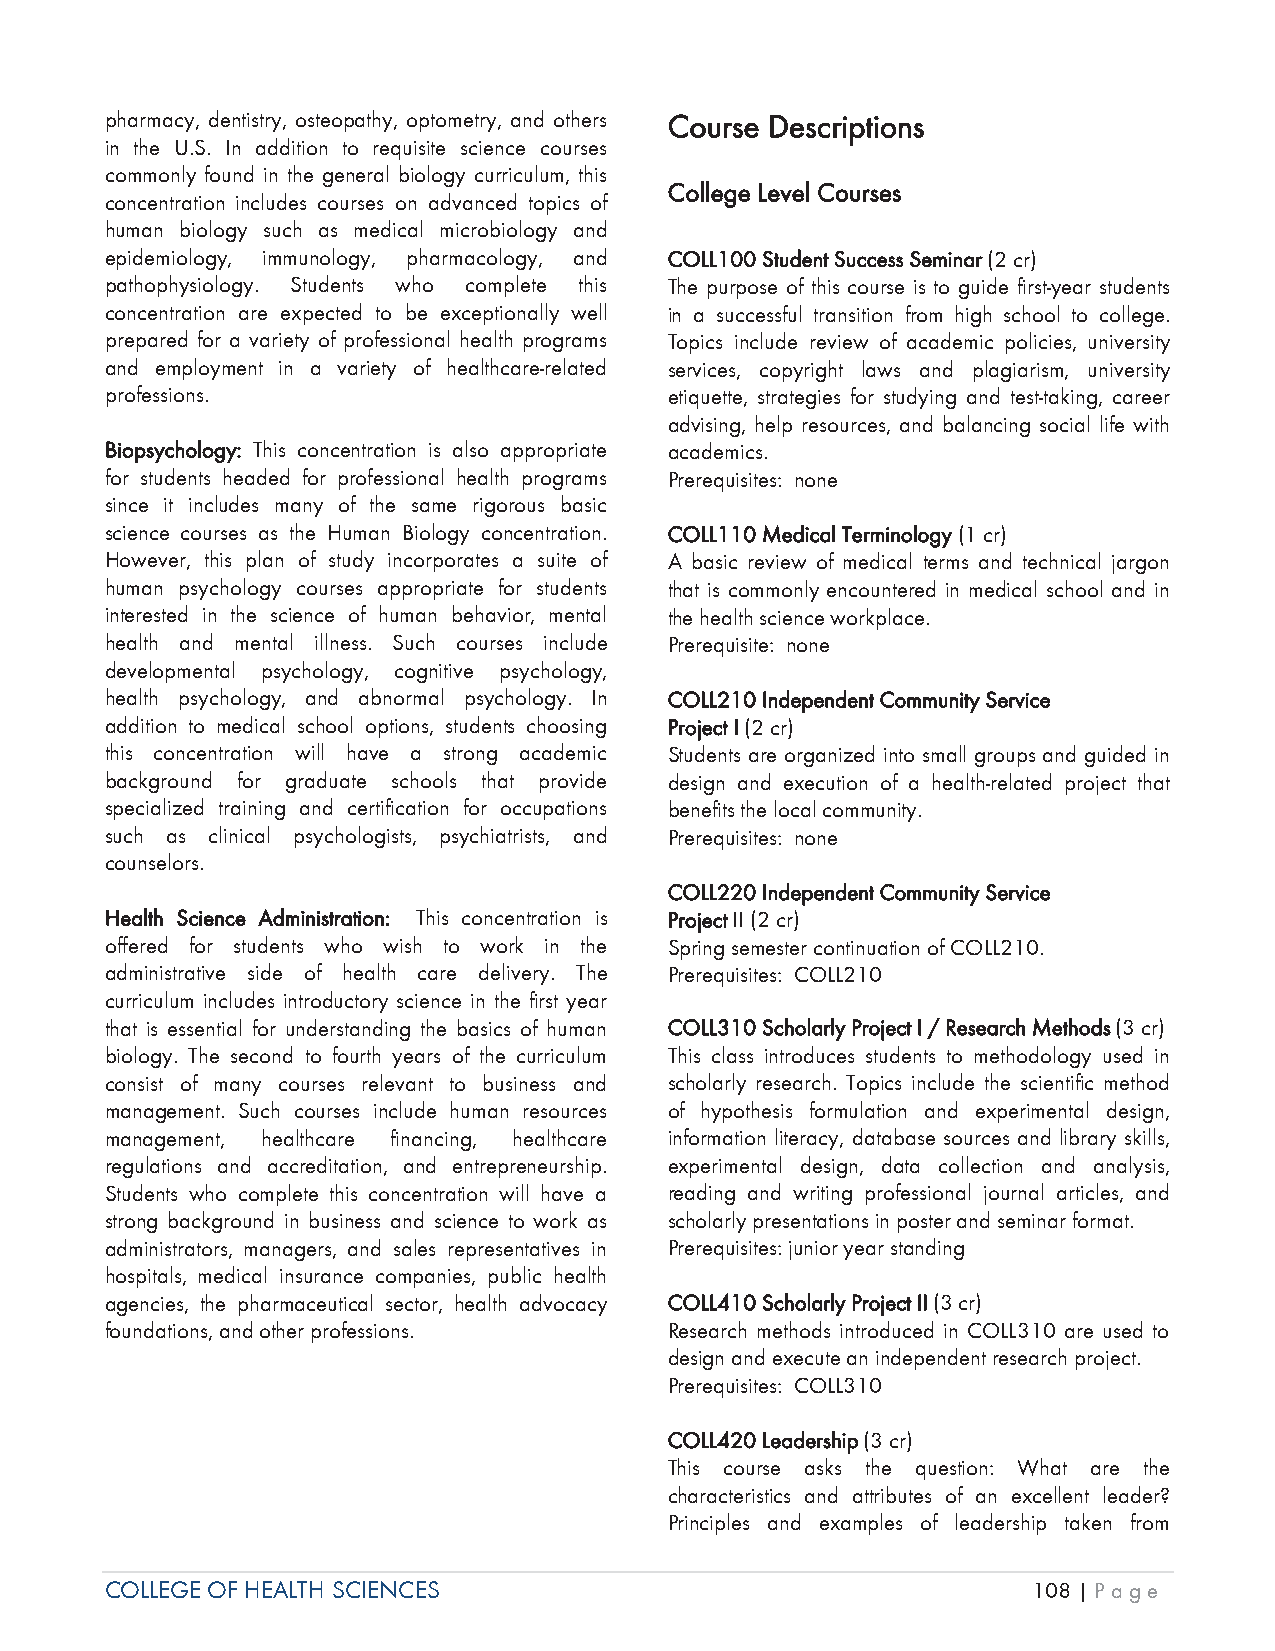
pharmacy, dentistry, osteopathy, optometry, and others Course Descriptions
 in the U.S. In addition to requisite science courses
 commonly found in the general biology curriculum, this
 College Level Courses
 concentration includes courses on advanced topics of
 human biology such as medical microbiology and
 epidemiology, immunology, pharmacology, and COLL100 SStudent Success Seminar (2 cr)
 pathophysiology. Students who complete this The purpose of this course is to guide first-year students
 concentration are expected to be exceptionally well in a successful transition from high school to college.
 prepared for a variety of professional health programs Topics include review of academic policies, university
 and employment in a variety of healthcare-related services, copyright laws and plagiarism, university
 professions.                         etiquette, strategies for studying and test-taking, career
 advising, help resources, and balancing social life with
 BBiopsychology: This concentration is also appropriate academics.
 for students headed for professional health programs Prerequisites: none
 since it includes many of the same rigorous basic
 science courses as the Human Biology concentration. COLL110 MMedical Terminology (1 cr)
 However, this plan of study incorporates a suite of A basic review of medical terms and technical jargon
 human psychology courses appropriate for students that is commonly encountered in medical school and in
 interested in the science of human behavior, mental the health science workplace.
 health and mental illness. Such courses include Prerequisite: none
 developmental psychology, cognitive psychology,
 health psychology, and abnormal psychology. In COLL210 IIndependent Community Service
 addition to medical school options, students choosing Project I (2 cr)
 this concentration will have a strong academic Students are organized into small groups and guided in
 background for graduate schools that provide design and execution of a health-related project that
 specialized training and certification for occupations benefits the local community.
 such as clinical psychologists, psychiatrists, and Prerequisites: none
 counselors.
 COLL220 IIndependent Community Service
 Health Science Administration: This concentration is Project II (2 cr)
 offered for students who wish to work in the Spring semester continuation of COLL210.
 administrative side of health care delivery. The Prerequisites: COLL210
 curriculum includes introductory science in the first year
 that is essential for understanding the basics of human COLL310 SScholarly Project I / Research Methods (3 cr)
 biology. The second to fourth years of the curriculum This class introduces students to methodology used in
 consist of many courses relevant to business and scholarly research. Topics include the scientific method
 management. Such courses include human resources of hypothesis formulation and experimental design,
 management, healthcare financing, healthcare information literacy, database sources and library skills,
 regulations and accreditation, and entrepreneurship. experimental design, data collection and analysis,
 Students who complete this concentration will have a reading and writing professional journal articles, and
 strong background in business and science to work as scholarly presentations in poster and seminar format.
 administrators, managers, and sales representatives in Prerequisites: junior year standing
 hospitals, medical insurance companies, public health
 agencies, the pharmaceutical sector, health advocacy COLL410 SScholarly Project II (3 cr)
 foundations, and other professions.  Research methods introduced in COLL310 are used to
 design and execute an independent research project.
 Prerequisites: COLL310
 COLL420 LLeadership (3 cr)
 This course asks the question: What are the
 characteristics and attributes of an excellent leader?
 Principles and examples of leadership taken from
 COLLEGE OF HEALTH SCIENCES                                   108 | Page